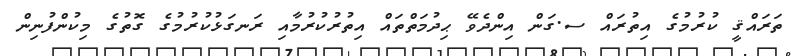
ތަރައްޤީ ކުރުމުގެ އިތުރައް ސ.ގަން އިންދެވޭ ޙިދުމަތްތައް އިތުރުކުރުމާއި ރަނގަޅުކުރުމުގެ ގޮތުގެ މިކުންފުނިން